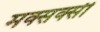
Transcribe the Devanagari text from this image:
मक्सक्सी